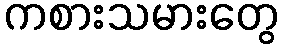
ကစားသမားတွေ